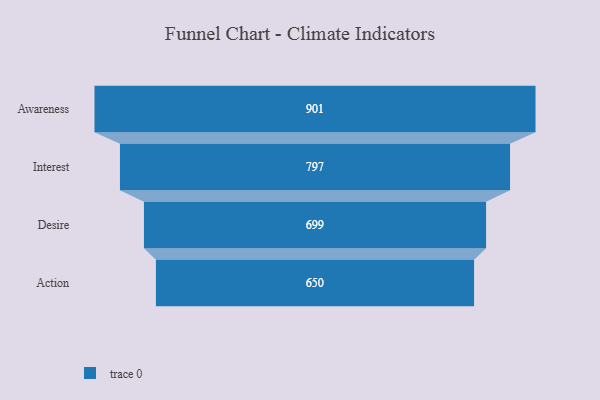
{"axis": {"x": "Stage", "y": "Value"}, "legend": [""], "data": [{"x": "Awareness", "y": 901.0, "type": ""}, {"x": "Interest", "y": 797.0, "type": ""}, {"x": "Desire", "y": 699.0, "type": ""}, {"x": "Action", "y": 650.0, "type": ""}]}